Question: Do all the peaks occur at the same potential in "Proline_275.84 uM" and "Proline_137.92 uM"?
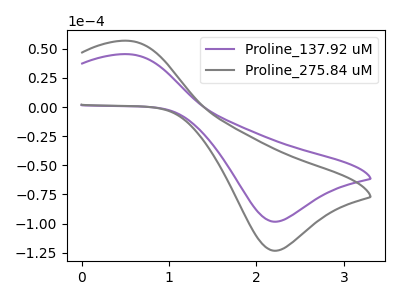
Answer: <think>The purple curve "Proline_137.92 uM" has an anodic peak at (0.55V, 45.30uA) and a cathodic peak at (2.20V, -98.35uA). The gray curve "Proline_275.84 uM" has an anodic peak at (0.55V, 56.80uA) and a cathodic peak at (2.20V, -123.30uA).</think>
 <answer>Yes, "Proline_275.84 uM" have a peak in "Proline_137.92 uM" at the same potential.</answer>
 <eval>match</eval>